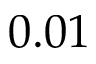
0 . 0 1